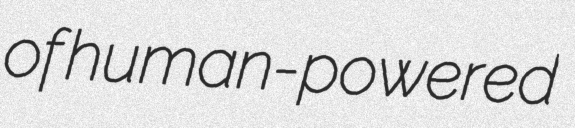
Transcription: of human-powered